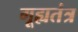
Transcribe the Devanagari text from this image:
गूह्यतंत्र